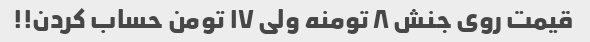
قیمت روی جنش ۸ تومنه ولی ۱۷ تومن حساب کردن!!